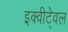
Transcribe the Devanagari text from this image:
इक्वीटे्वल